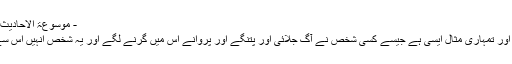
- موسوعۃ الاحادیث النبویہ مترجم
حدیث: میری اور تمہاری مثال ایسی ہے جیسے کسی شخص نے آگ جلائی اور پتنگے اور پروانے اس میں گرنے لگے اور یہ شخص انہیں اس سے ہٹا رہا ہے۔